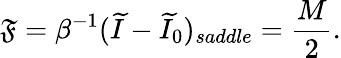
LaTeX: \mathfrak{F}=\beta^{-1}(\widetilde{I}-\widetilde{I}_{0})_{saddle}={\frac{{M}}{{2}}}.